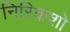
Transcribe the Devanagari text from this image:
निरिकशो